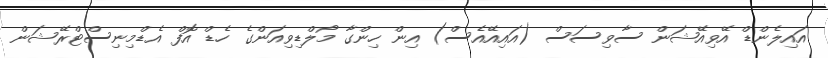
އައިލެންޑް އޭވިއޭޝަން ސާވިސަސް (އައިއޭއެސް) އިން ހިންގާ މޯލްޑިވިއަންގެ ހެޑް އޮފް އެޑްމިނިސްޓްރޭޝަން